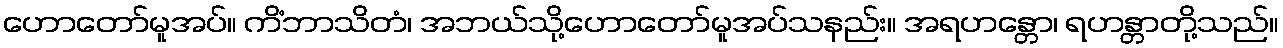
ဟောတော်မူအပ်။ ကိံဘာသိတံ၊ အဘယ်သို့ဟောတော်မူအပ်သနည်း။ အရဟန္တော၊ ရဟန္တာတို့သည်။